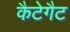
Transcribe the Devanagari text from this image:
कैटेगैट